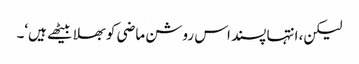
لیکن، انتہا پسند اس روشن ماضی کو بھلا بیٹھے ہیں‘۔